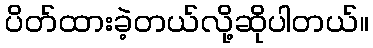
ပိတ်ထားခဲ့တယ်လို့ဆိုပါတယ်။